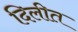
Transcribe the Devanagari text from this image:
दिलीत